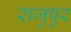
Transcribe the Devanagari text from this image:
राजुपुर